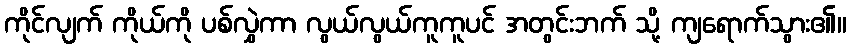
ကိုင်လျက် ကိုယ်ကို ပစ်လွှဲကာ လွယ်လွယ်ကူကူပင် အတွင်းဘက် သို့ ကျရောက်သွား၏။